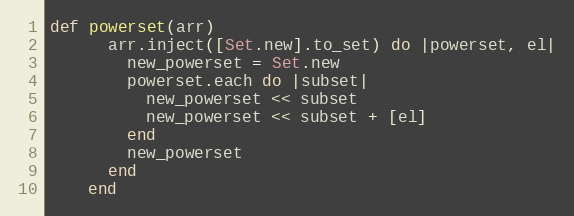
Language: Ruby
def powerset(arr)
      arr.inject([Set.new].to_set) do |powerset, el|
        new_powerset = Set.new
        powerset.each do |subset|
          new_powerset << subset
          new_powerset << subset + [el]
        end
        new_powerset
      end
    end